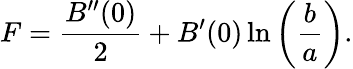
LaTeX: F=\frac{B^{\prime\prime}(0)}{2}+B^{\prime}(0)\ln\left(\frac{b}{a}\right).